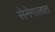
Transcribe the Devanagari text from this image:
सेनेगालात